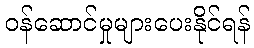
ဝန်ဆောင်မှုများပေးနိုင်ရန်